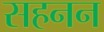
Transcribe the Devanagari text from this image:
सहनन